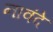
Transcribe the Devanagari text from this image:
नावंदे